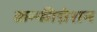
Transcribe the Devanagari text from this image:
कन्फीग्रेशन